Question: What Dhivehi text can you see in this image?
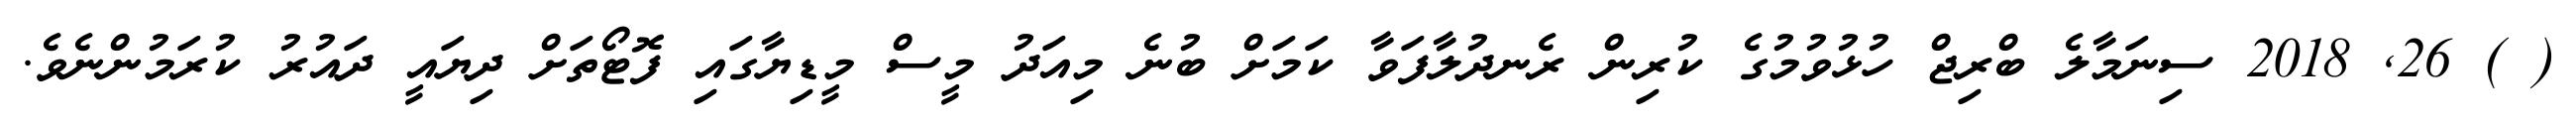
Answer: ( ) 26, 2018 ސިނަމާލެ ބްރިޖް ހުޅުވުމުގެ ކުރިން ރެނދުލާފަވާ ކަމަށް ބުނެ މިއަދު މީސް މީޑިޔާގައި ފޮޓޯތަށް ދިޔައީ ދައުރު ކުރަމުންނެވެ.